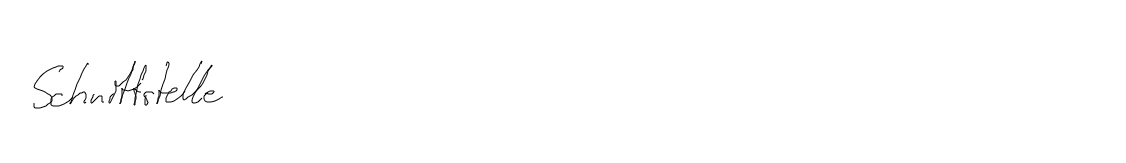
Schnittstelle